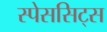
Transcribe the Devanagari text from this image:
स्पेससिट्स